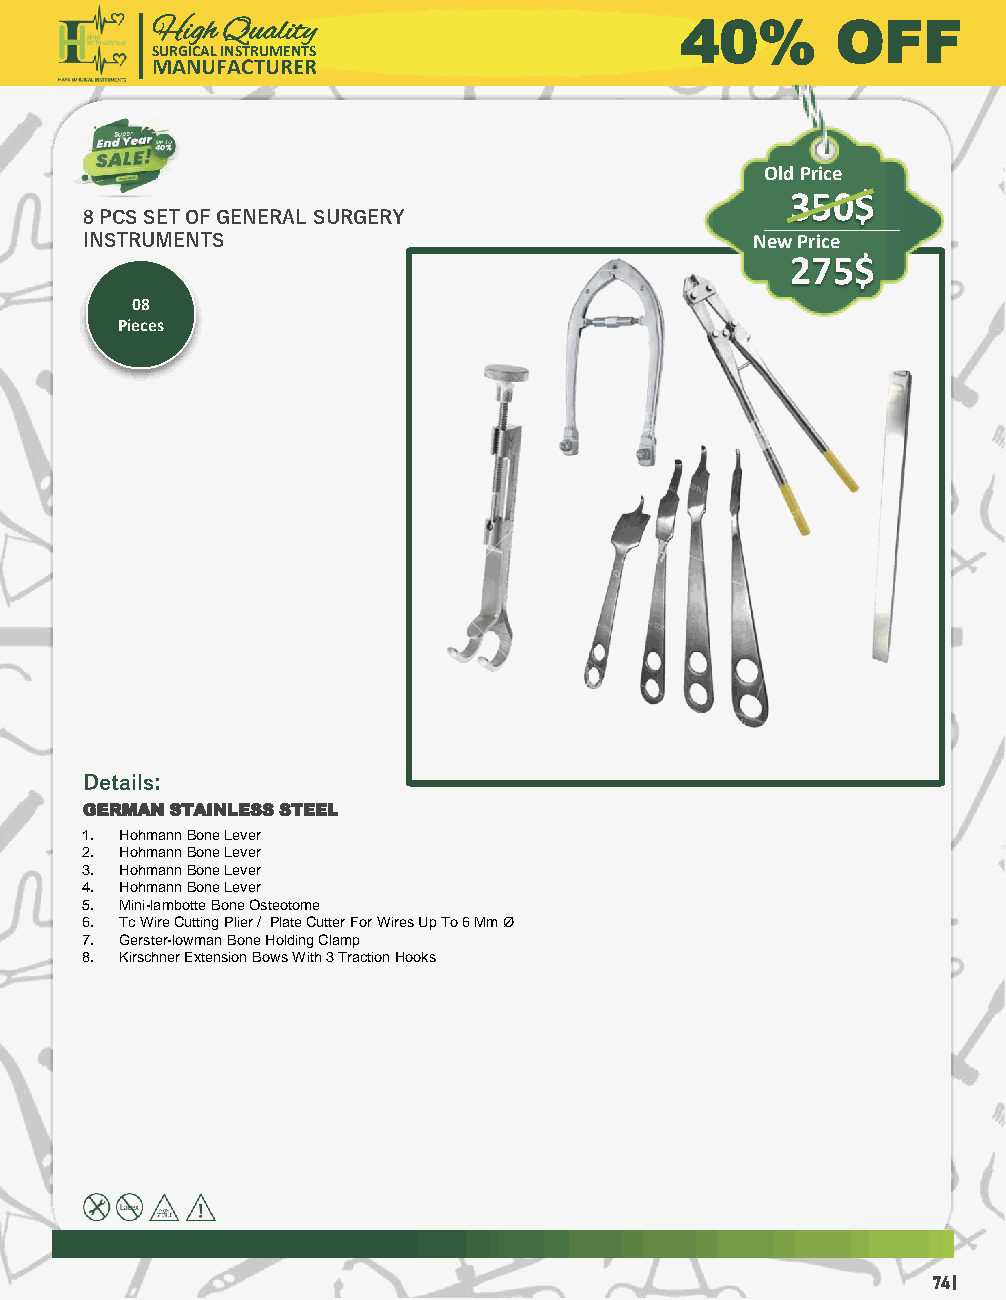
High Quality                       40%       OFF
 SURGICAL INSTRUMENTS
 MANUFACTURER
 Old Price
 350$
 8 PCS SET OF GENERAL SURGERY
 INSTRUMENTS                                  New Price
 275$
 08
 Pieces
 Details:
 GERMAN STAINLESS STEEL
 1. HohmannBone Lever
 2. HohmannBone Lever
 3. HohmannBone Lever
 4. HohmannBone Lever
 5. Mini-lambotteBone Osteotome
 6. Tc Wire Cutting Plier / Plate Cutter For Wires Up To 6 Mm Ø
 7. Gerster-lowmanBone Holding Clamp
 8. Kirschner Extension Bows With 3 Traction Hooks
 74 |